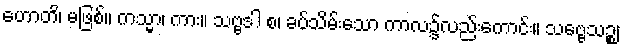
ဟောတိ၊ မဖြစ်။ ကသ္မာ၊ ကား။ သဗ္ဗဒါ စ၊ ခပ်သိမ်းသော ကာလ၌လည်းကောင်း။ သဗ္ဗေသဉ္စ၊